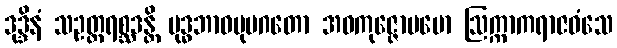
ဒုဒ္ဒိနံ သဥတ္တရစ္ဆဒန္တိ ဗုဒ္ဓဘာဝမုပဂတော အဝကုဇ္ဇောပမော ဩက္ကာကရာဇဝံသေ